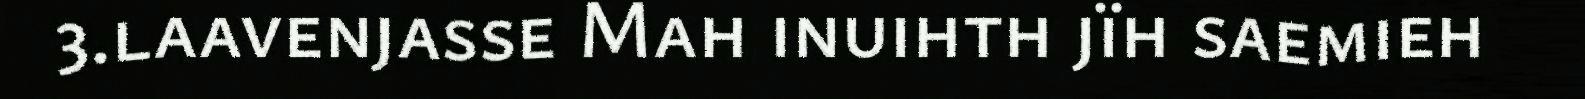
3.laavenjasse Mah inuihth jïh saemieh